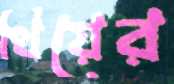
থিয়ের